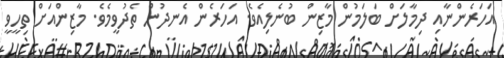
އަހަރެންނާއި ދިމާލަށް ބަލަމުން މާޒިން ބުނެލިއެވެ. އަހަރެން އެނދުން ތެދުވީމެވެ. މާޒިންއަށް ތިހީވީ